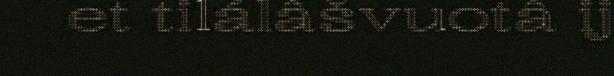
et tilálâšvuotâ ij